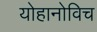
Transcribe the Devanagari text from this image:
योहानोविच